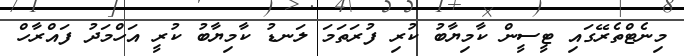
މިނެޓްތެރޭގައި ޓީސީން ކާމިޔާބު ކުރި ފުރަތަމަ ލަނޑު ކާމިޔާބު ކުރީ އަހްމަދު ފައްރާހް